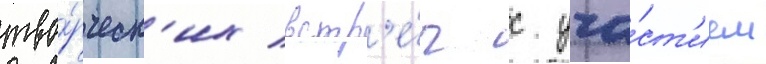
тво́рческ'их встр'е́ч с уча́ст'ием